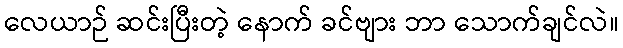
လေယာဉ် ဆင်းပြီးတဲ့ နောက် ခင်ဗျား ဘာ သောက်ချင်လဲ။